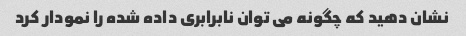
نشان دهید که چگونه می توان نابرابری داده شده را نمودار کرد